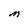
Character: M